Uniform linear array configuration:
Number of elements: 12
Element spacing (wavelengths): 0.5
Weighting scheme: kaiser
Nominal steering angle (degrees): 15
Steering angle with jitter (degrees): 14.448
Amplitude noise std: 0.05
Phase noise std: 0.05

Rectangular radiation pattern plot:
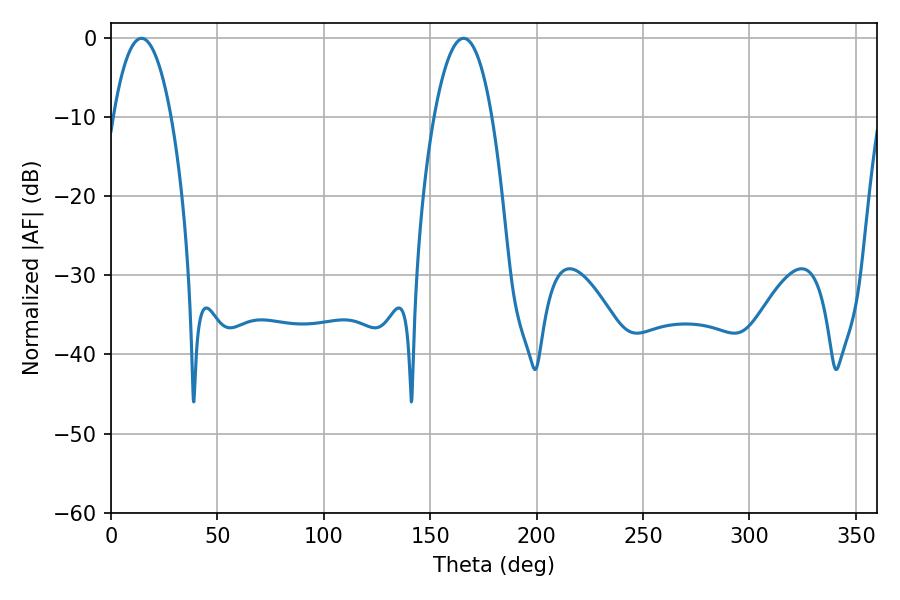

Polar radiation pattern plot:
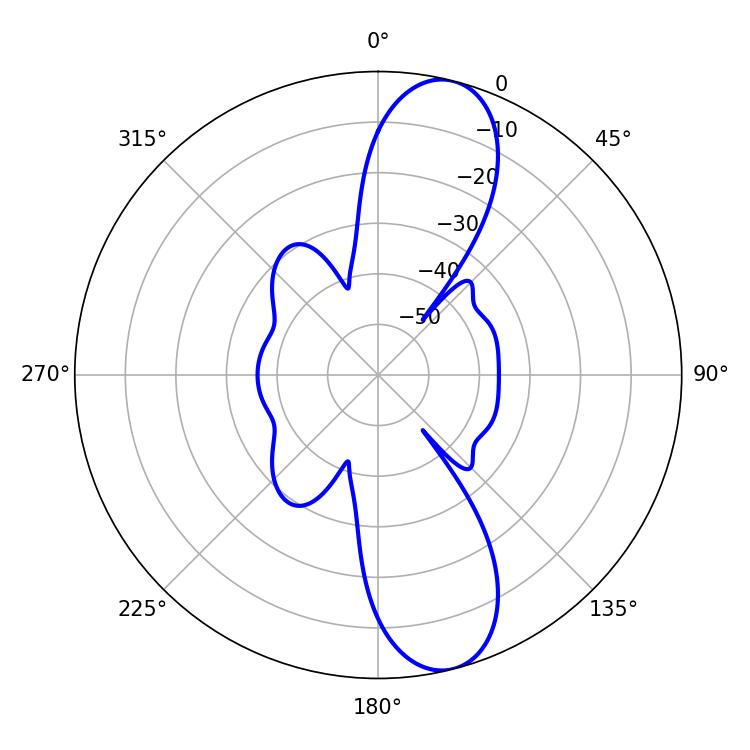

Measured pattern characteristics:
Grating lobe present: FALSE
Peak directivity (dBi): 11.571
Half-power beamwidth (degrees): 15.12
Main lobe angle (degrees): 14.4